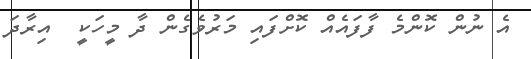
އެ ނުން ކޮންމެ ފާފައެއް ކޮށްފައި މަރުވެގެން ދާ މީހަކީ  އިރާދަ